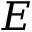
E